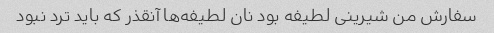
سفارش من شیرینی لطیفه بود نان لطیفه‌ها آنقذر که باید ترد نبود